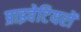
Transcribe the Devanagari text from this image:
प्राइवेटियरों